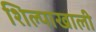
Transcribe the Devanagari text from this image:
शिल्पाखाली